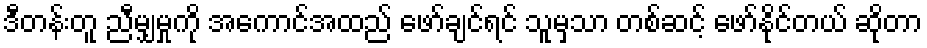
ဒီတန်းတူ ညီမျှမှုကို အကောင်အထည် ဖော်ချင်ရင် သူမှသာ တစ်ဆင့် ဖော်နိုင်တယ် ဆိုတာ